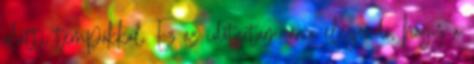
alatti tempókkal. Ez az időtartam arra elegendő, hogy a